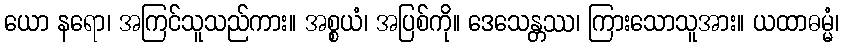
ယော နရော၊ အကြင်သူသည်ကား။ အစ္စယံ၊ အပြစ်ကို။ ဒေသေန္တဿ၊ ကြားသောသူအား။ ယထာဓမ္မံ၊